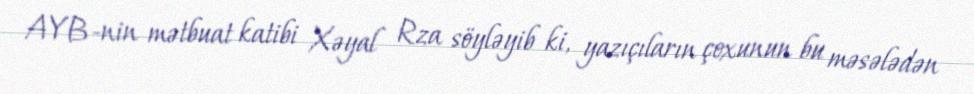
AYB-nin mətbuat katibi Xəyal Rza söyləyib ki, yazıçıların çoxunun bu məsələdən